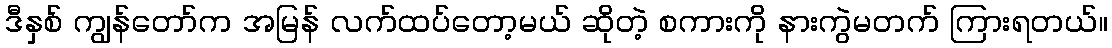
ဒီနှစ် ကျွန်တော်က အမြန် လက်ထပ်တော့မယ် ဆိုတဲ့ စကားကို နားကွဲမတက် ကြားရတယ်။